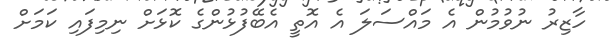
ހާޒިރު ނުވުމުން އެ މައްސަލަ އެ އޮތީ އެބޭފުޅުންގެ ކޮޅަށް ނިމިފައި ކަމަށް